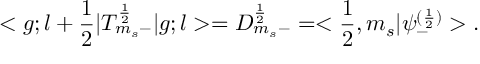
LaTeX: < g ; l + \frac { 1 } { 2 } | T _ { m _ { s } - } ^ { \frac { 1 } { 2 } } | g ; l > = D _ { m _ { s } - } ^ { \frac { 1 } { 2 } } = < \frac { 1 } { 2 } , m _ { s } | { \psi } _ { - } ^ { ( \frac { 1 } { 2 } ) } > .